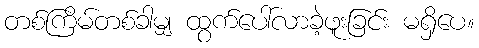
တစ်ကြိမ်တစ်ခါမျှ ထွက်ပေါ်လာခဲ့ဖူးခြင်း မရှိပေ။